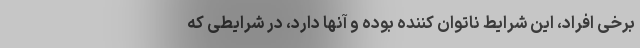
برخی افراد، این شرایط ناتوان کننده بوده و آنها دارد، در شرایطی که